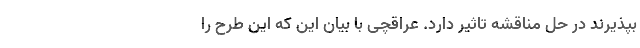
بپذیرند در حل مناقشه تاثیر دارد. عراقچی با بیان این که این طرح را